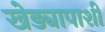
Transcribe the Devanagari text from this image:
खेड्यापाशी